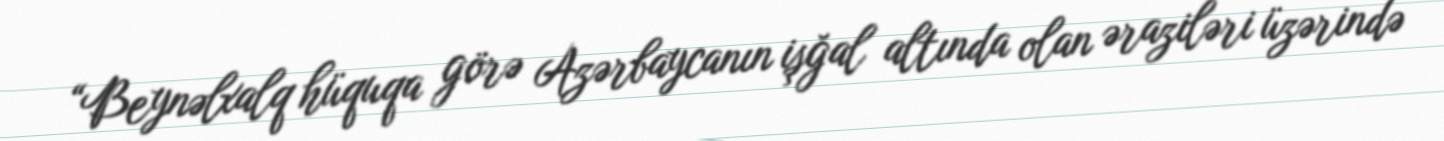
“Beynəlxalq hüquqa görə Azərbaycanın işğal altında olan əraziləri üzərində